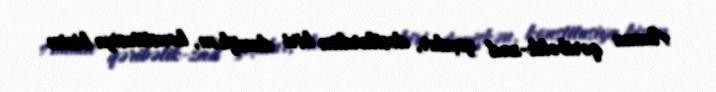
Amma qəribəlik-zad yoxdur, dostlardan biri demişkən, konstitusiya bizim